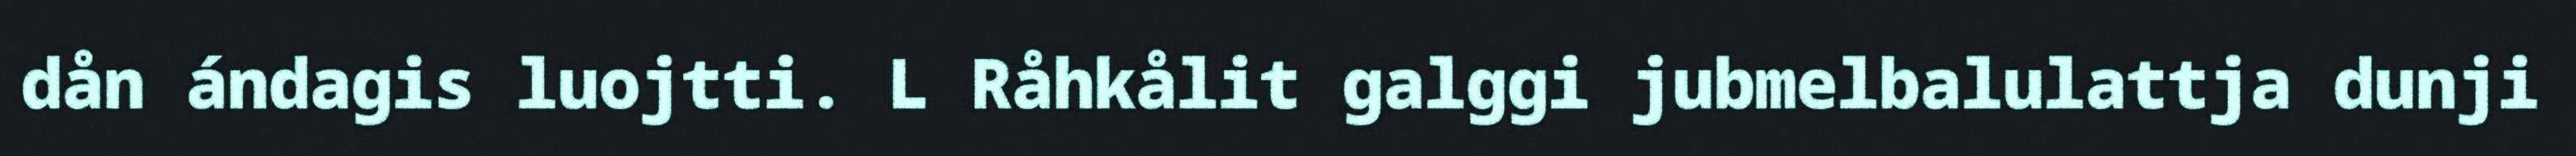
dån ándagis luojtti. L Råhkålit galggi jubmelbalulattja dunji